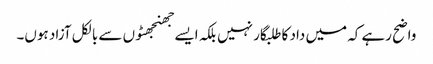
واضح رہے کہ میں داد کا طلبگار نہیں بلکہ ایسے جھنجھٹوں سے بالکل آزاد ہوں۔